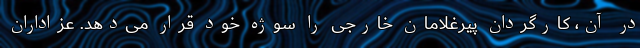
در آن، کارگردان پیرغلامان خارجی را سوژه خود قرار می‌دهد. عزاداران